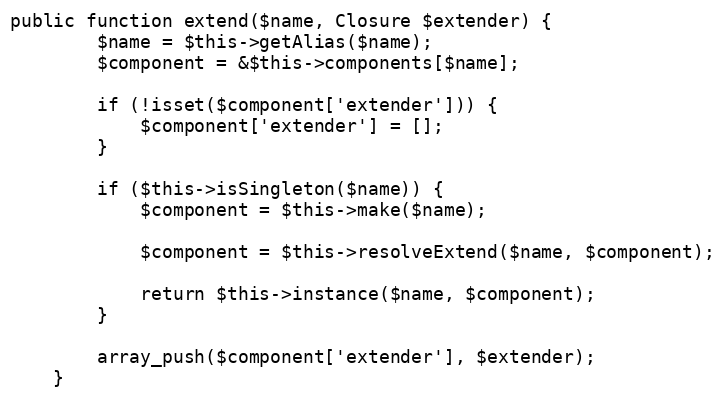
Language: PHP
public function extend($name, Closure $extender) {
		$name = $this->getAlias($name);
		$component = &$this->components[$name];

		if (!isset($component['extender'])) {
			$component['extender'] = [];
		}

		if ($this->isSingleton($name)) {
			$component = $this->make($name);

			$component = $this->resolveExtend($name, $component);

			return $this->instance($name, $component);
		}

		array_push($component['extender'], $extender);
	}